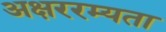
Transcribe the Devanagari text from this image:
अक्षररम्यता